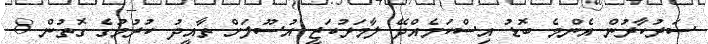
ސަރުކާރުން އެންމެ ބޮޑު އިސްކަމެއްދޭ ލާމަރުކަޒީ އުސޫލަށް ތާއީދު ކުރުމުގެ ގޮތުން 8